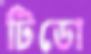
টিডো